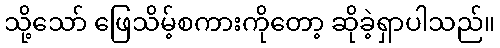
သို့သော် ဖြေသိမ့်စကားကိုတော့ ဆိုခဲ့ရှာပါသည်။